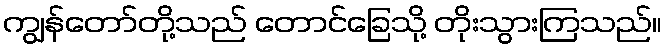
ကျွန်တော်တို့သည် တောင်ခြေသို့ တိုးသွားကြသည်။